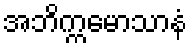
အဘိက္ကမောသာနံ